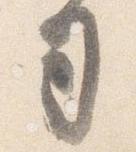
司